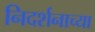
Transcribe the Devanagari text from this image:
निदर्शनाच्या